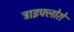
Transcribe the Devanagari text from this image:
ट्राइफ्लोरो